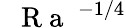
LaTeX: \mathrm{~\textit~{~R~a~}~}^{-1/4}